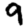
Digit: 9